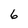
Character: 6